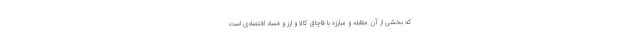
که بخشی از آن مقابله و مبارزه با قاچاق کالا و ارز و فساد اقتصادی است